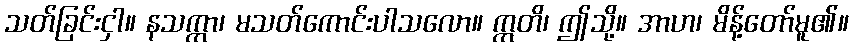
သတ်ခြင်းငှါ။ နသက္ကာ၊ မသတ်ကောင်းပါသလော။ ဣတိ၊ ဤသို့။ အာဟ၊ မိန့်တော်မူ၏။